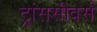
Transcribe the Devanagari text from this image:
ट्रांससीवर्स